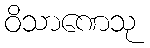
ဝိသာဏေသု